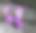
ম